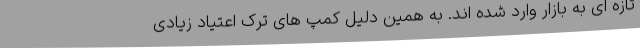
تازه ای به بازار وارد شده اند. به همین دلیل کمپ های ترک اعتیاد زیادی